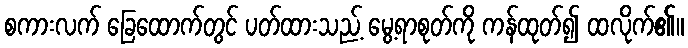
စကားလက် ခြေထောက်တွင် ပတ်ထားသည့် မွေ့ရာစုတ်ကို ကန်ထုတ်၍ ထလိုက်၏။